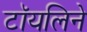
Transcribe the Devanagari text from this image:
टॉयलिने